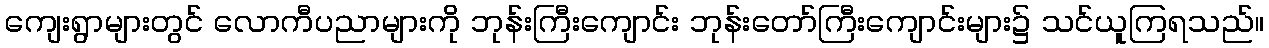
ကျေးရွာများတွင် လောကီပညာများကို ဘုန်းကြီးကျောင်း ဘုန်းတော်ကြီးကျောင်းများ၌ သင်ယူကြရသည်။